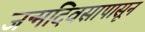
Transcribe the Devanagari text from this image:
जन्मदिवसापासून